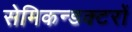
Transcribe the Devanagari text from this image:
सेमिकन्डक्टरों